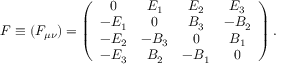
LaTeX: F \equiv ( F _ { \mu \nu } ) = \left( \begin{array} { c c c c } { { 0 } } & { { E _ { 1 } } } & { { E _ { 2 } } } & { { E _ { 3 } } } \\ { { - E _ { 1 } } } & { { 0 } } & { { B _ { 3 } } } & { { - B _ { 2 } } } \\ { { - E _ { 2 } } } & { { - B _ { 3 } } } & { { 0 } } & { { B _ { 1 } } } \\ { { - E _ { 3 } } } & { { B _ { 2 } } } & { { - B _ { 1 } } } & { { 0 } } \end{array} \right) .